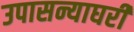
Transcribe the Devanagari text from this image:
उपासन्याघरी